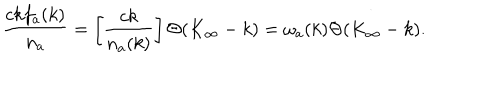
LaTeX: { \frac { c k f _ { a } ( k ) } { n _ { a } } } = \left[ { \frac { c k } { n _ { a } ( k ) } } \right] \Theta ( K _ { \infty } - k ) = \omega _ { a } ( k ) \Theta ( K _ { \infty } - k ) .